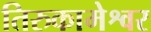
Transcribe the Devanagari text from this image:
तिरुकामेश्वर